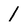
Character: 1